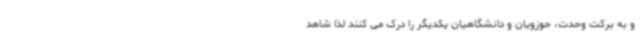
و به برکت وحدت، حوزویان و دانشگاهیان یکدیگر را درک می کنند لذا شاهد